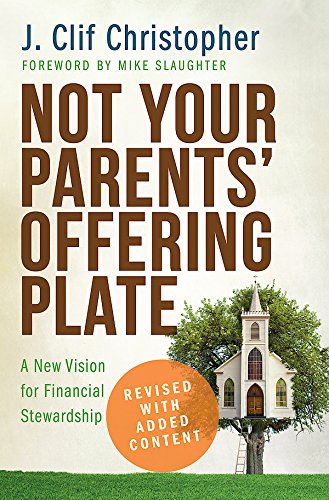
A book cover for Not Your Parents' Offering Plate: A New Vision for Financial Stewardship; J. Clif Christopher; Christian Books & Bibles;